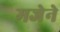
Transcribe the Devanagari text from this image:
मजेने